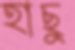
হাছু